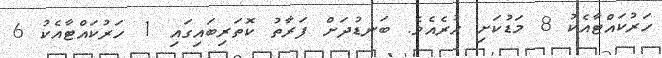
ހަރުކައްޓާއެކު 8 މަޑުކަށި ހުރެއެވެ. ބަނޑުދަށް ފަރާތު ކޮތަރިބައިގައި 1 ހަރުކައްޓާއެކު 6